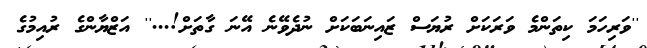
''ވަރިހަމަ ކިތަންމެ ވަރަކަށް ރުޔަސް ޒައިނަބަކަށް ނުދެވޭނެ އޭނަ ގާތަށް!...'' އަޒްޔާންގެ ރުއިމުގެ